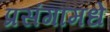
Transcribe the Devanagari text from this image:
प्रसंगामधे